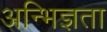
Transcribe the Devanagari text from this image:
अन्भिज्ञता